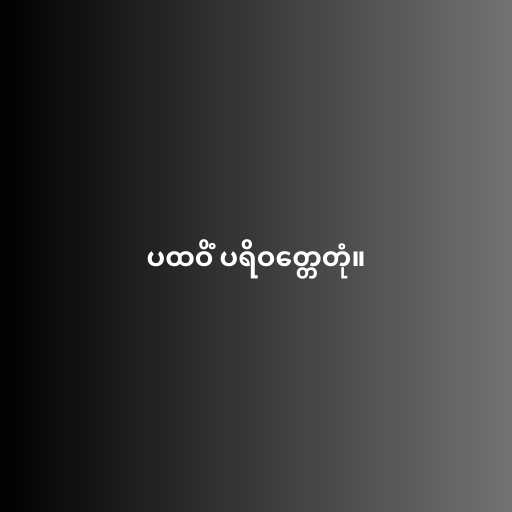
ပထဝိံ ပရိဝတ္တေတုံ။